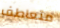
متعاطف